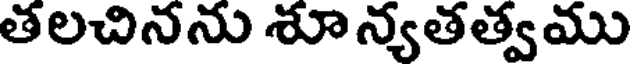
తలచినను శూన్యతత్వము